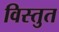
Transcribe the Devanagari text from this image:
विस्तुत